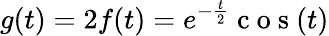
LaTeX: g(t)=2f(t)=e^{-\frac{t}{2}}\mathrm{~c~o~s~}(t)